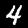
Digit: 4